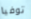
توفيا